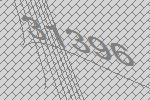
31396